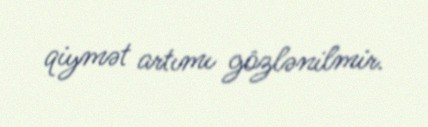
qiymət artımı gözlənilmir.